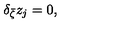
\delta _ { \bar { \zeta } } z _ { j } = 0 , \quad